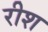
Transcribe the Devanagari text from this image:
रीश